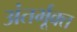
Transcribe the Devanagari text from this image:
अंतर्भूक्त